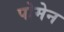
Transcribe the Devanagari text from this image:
पोमेन